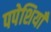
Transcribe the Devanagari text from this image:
पपेशियाँ